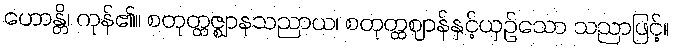
ဟောန္တိ၊ ကုန်၏။ စတုတ္ထဇ္ဈာနသညာယ၊ စတုတ္ထဈာန်နှင့်ယှဉ်သော သညာဖြင့်။